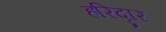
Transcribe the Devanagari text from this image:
हरिदृार